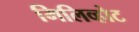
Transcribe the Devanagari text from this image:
मिलिव्होट